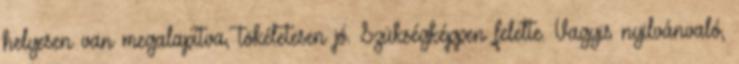
helyesen van megalapítva, tökéletesen jó. Szükségképpen felelte. Vagyis nyilvánvaló,